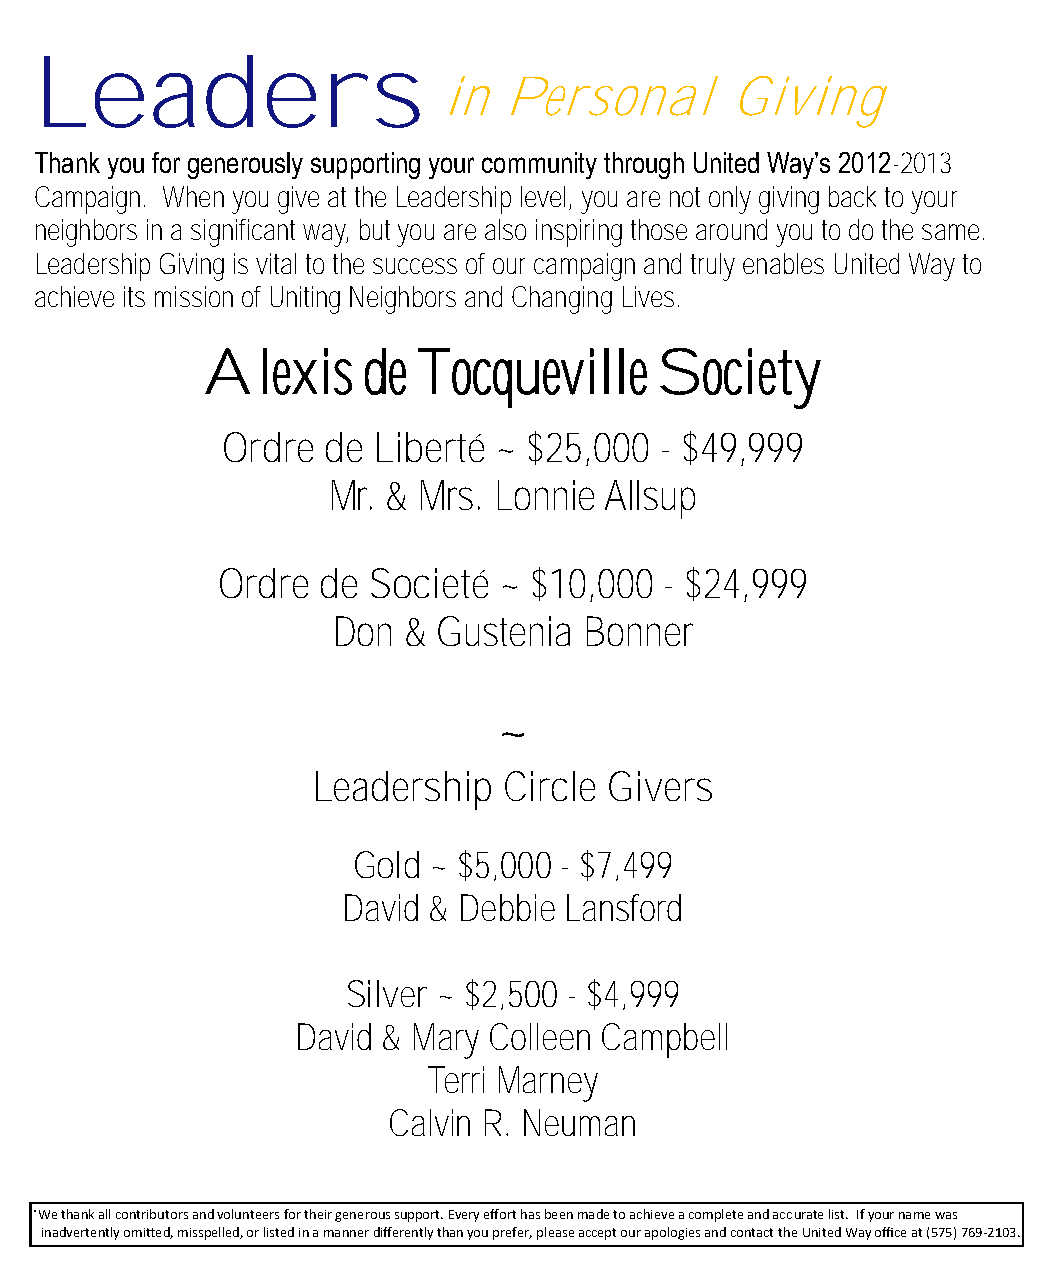
Leaders
 in  Personal       Giving
 Thank you for generously supporting your community through United Way’s 2012-2013
 Campaign. When you give at the Leadership level, you are not only giving back to your
 neighbors in a significant way, but you are also inspiring those around you to do the same.
 Leadership Giving is vital to the success of our campaign and truly enables United Way to
 achieve its mission of Uniting Neighbors and Changing Lives.
 Alexis    de  Tocqueville     Society
 Ordre de  Liberté ~ $25,000  - $49,999
 Mr. & Mrs. Lonnie Allsup
 Ordre  de Societé  ~ $10,000  - $24,999
 Don  & Gustenia  Bonner
 ~
 Leadership  Circle Givers
 Gold  ~ $5,000 - $7,499
 David & Debbie Lansford
 Silver ~ $2,500 - $4,999
 David & Mary Colleen Campbell
 Terri Marney
 Calvin R. Neuman
 *We thank all contributors and volunteers for their generous support. Every effort has been made to achieve a complete and accurate list. If your name was
 inadvertently omitted, misspelled, or listed in a manner differently than you prefer, please accept our apologies and contact the United Way office at (575) 769-2103.